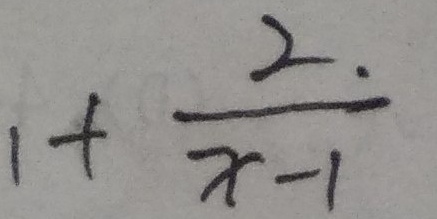
1 + \frac { 2 . } { x - 1 }